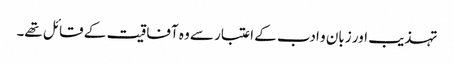
تہذیب اور زبان و ادب کے اعتبار سے وہ آفاقیت کے قائل تھے۔